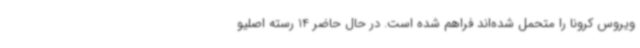
ویروس کرونا را متحمل شده‌اند فراهم شده است. در حال حاضر 14 رسته اصلیو